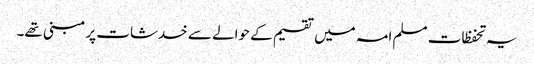
یہ تحفظات مسلم امہ میں تقسیم کے حوالے سے خدشات پر مبنی تھے۔